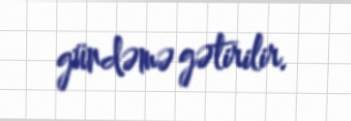
gündəmə gətirilir.